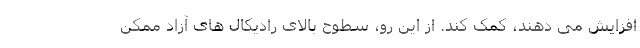
افزایش می دهند، کمک کند. از این رو، سطوح بالای رادیکال های آزاد ممکن